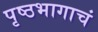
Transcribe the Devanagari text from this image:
पृष्ठभागाचं